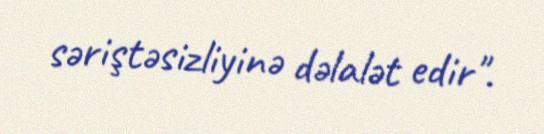
səriştəsizliyinə dəlalət edir".